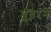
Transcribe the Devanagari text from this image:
मुतरने